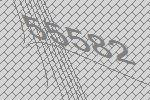
55582